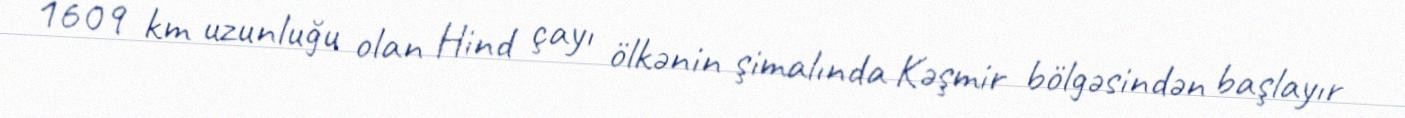
1609 km uzunluğu olan Hind çayı ölkənin şimalında Kəşmir bölgəsindən başlayır